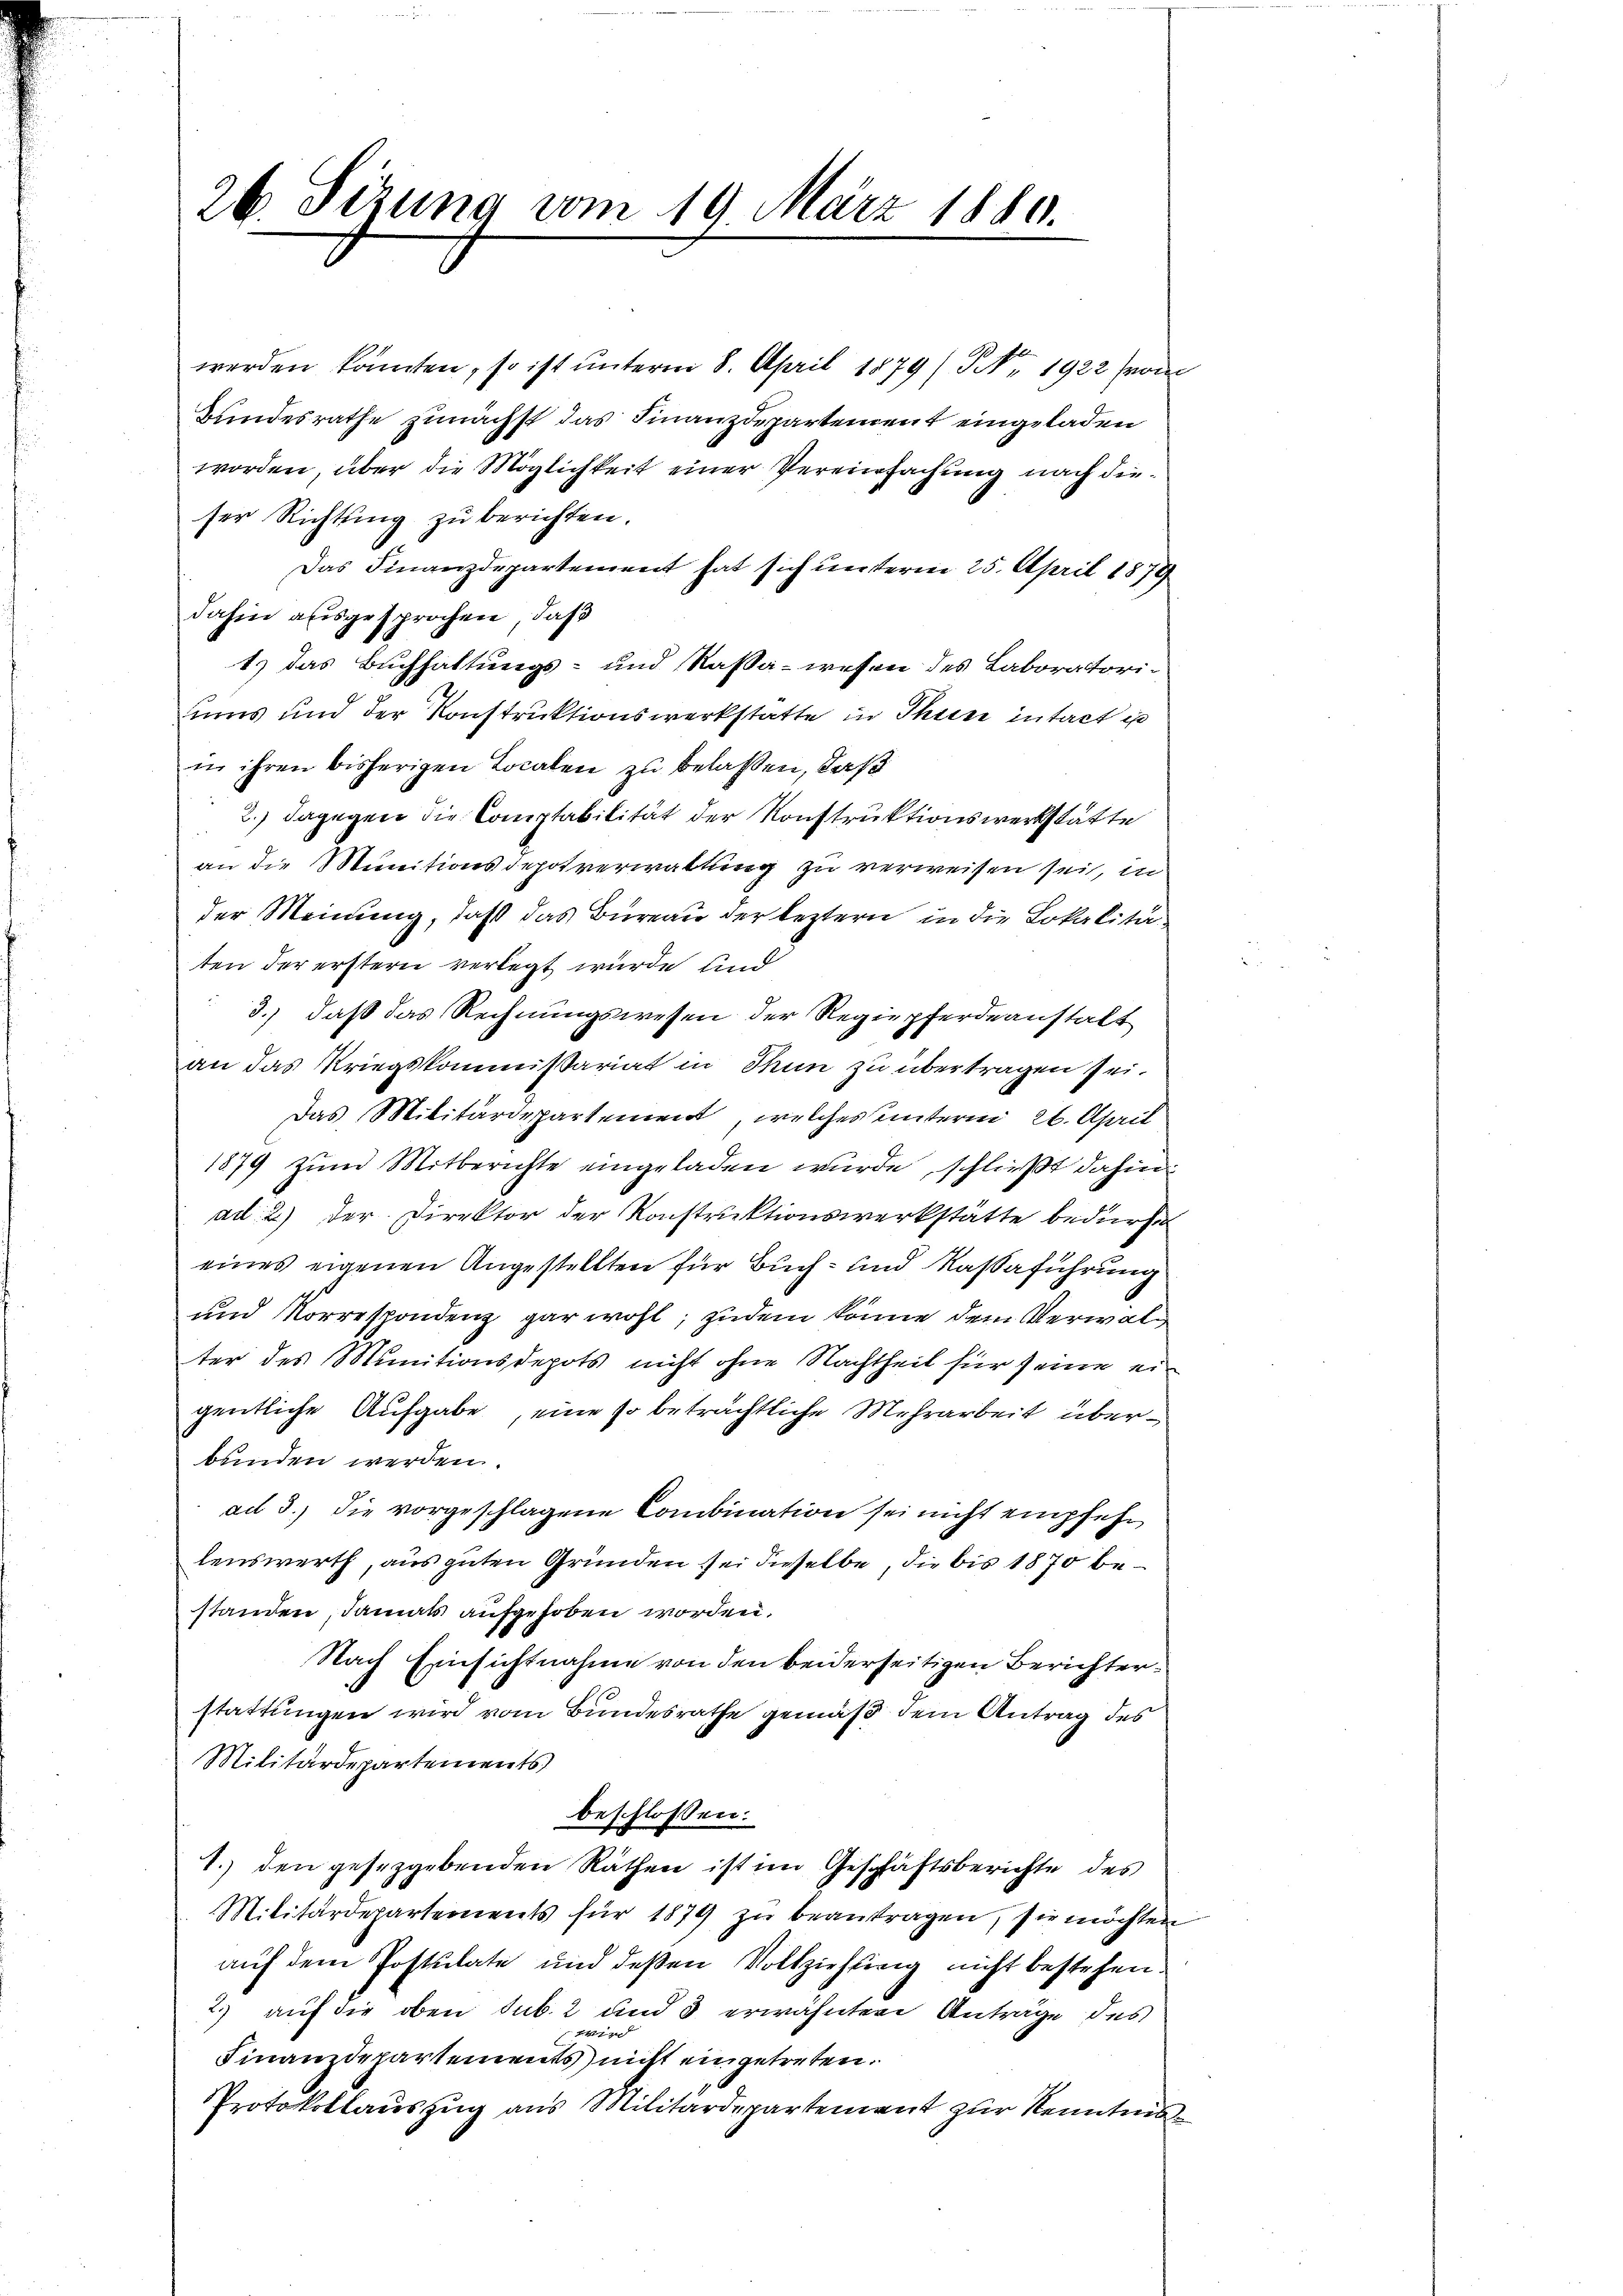
26. Sitzung vom 19. März 1880.

ser Richtung zu berichten.
dahin ausgesprochen, daß
in ihren bisherigen Localen zu belassen, daß
ten der erstern verlegt wurde und
bunden werden.
standen, damals aufgehoben worden.
Militärdepartements
beschlossen:
1. den gesetzgebenden Räthen ist im Geschäftsberichte des
Militärdepartements für 1879 zŭ beantragen, sie möchten
auf dem Postulate und deßen Vollziehung nicht bestehen.
2.) auf die oben sub. 2 und 3 erwähnten Anträge des
Finanzdepartements nicht eingetreten.
Protokollauszug aus Militärdepartement zur Kenntnis¬

werden konnten, so ist unterm 8. April 1879/5 1922 from
Bundesrathe zunächst das Finanzdepartement eingeladen
worden, über die Möglichkeit einer Vereinfachung nach die¬
Das Finanzdepartement hat sich unterm 25. April 1879
t) das Buchhaltungs- und Kassa-wesen des Laboratori-
ums und der Konstruktionswerkstatte in Thun intact ist
2.) Dagegen die Comptabilität der Konstruktionswerkstätte
an die Munitionsdepotverwaltung zu verweisen sei, in
der Meinung, daß das Büreau der leztern in die Lokalitä¬
3.) daß das Rechnungswesen der Regiepferdeanstalt
an das Kriegskommißariat in Thun zu übertragen sei.
Das Militärdepartement, welches unterm 26. April
1879 zum Mitberichte eingeladen wurde, schließt dahin.
ad 2.) Der Direktor der Konstruktionswerkstätte bedürfe
eines eigenen Angestellten für Buch- und Naßaführung
und Vorrespondenz gar wohl, zudem könne dem Verwalter des Munitionsdepots nicht ohne Nachtheil für seine eigentliche Aufgabe, eine so beträchtliche Mehrarbeit überad 3.) die vorgeschlagene Combination sei nicht empfehr
lenswerth, aus guten Gründen sei dieselbe, die bis 1870 be¬
Nach Einsichtnahme von den beiderseitigen Berichterstattungen wird vom Bundesrathe gemäß dem Antrag des